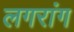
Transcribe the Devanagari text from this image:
लगरांग